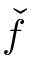
\widecheck { f }